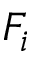
F _ { i }